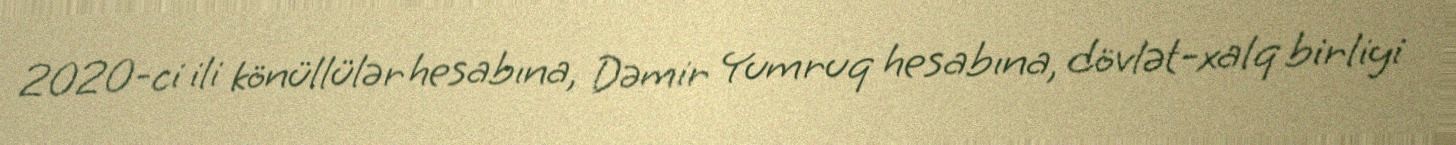
2020-ci ili könüllülər hesabına, Dəmir Yumruq hesabına, dövlət-xalq birliyi